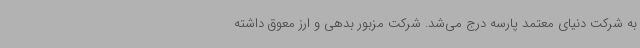
به شرکت دنیای معتمد پارسه درج می‌شد. شرکت مزبور بدهی و ارز معوق داشته